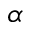
\alpha